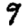
Digit: 9